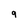
Character: 9